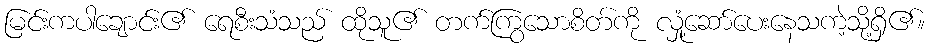
မြင်းကပါချောင်း၏ ရေစီးသံသည် ထိုသူ၏ တက်ကြွသောစိတ်ကို လှုံ့ဆော်ပေးနေသကဲ့သို့ရှိ၏။